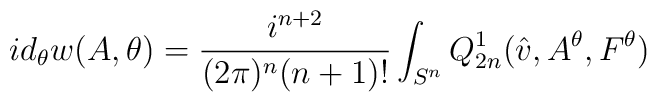
id_{\theta}w(A,\theta)=\frac{i^{n+2}}{(2\pi)^{n}(n+1)!}\int_{S^{n}}Q^{1}_{2n}(\hat{v},A^{\theta},F^{\theta})